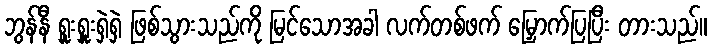
ဘွန်နီ ရှူးရှူးရှဲရှဲ ဖြစ်သွားသည်ကို မြင်သောအခါ လက်တစ်ဖက် မြှောက်ပြပြီး တားသည်။